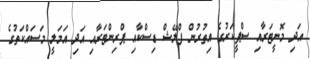
އަދި މޮނީޓަރާއި ސްޕީކަރުގެ އިތުރުން ފްލޭޝް ޑިސްކާއި ޕްރިންޓަރާއި އަދި އަމަލީ މަސައްކަތުގެ